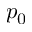
p _ { 0 }